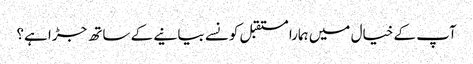
آپ کے خیال میں ہمارا مستقبل کونسے بیانیے کے ساتھ جڑا ہے؟